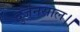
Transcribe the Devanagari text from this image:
दुर्जनसाल।।